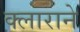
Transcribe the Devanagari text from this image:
क्लाराने